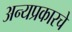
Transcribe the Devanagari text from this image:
अन्यप्रकारचे